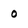
Character: O